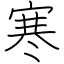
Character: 寒